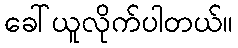
ခေါ်ယူလိုက်ပါတယ်။